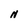
Character: N